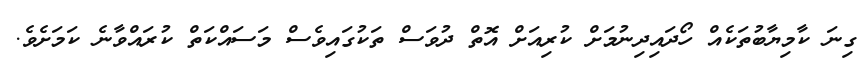
ގިނަ ކާމިޔާބުތަކެއް ހޯދައިދިނުމަށް ކުރިއަށް އޮތް ދުވަސް ތަކުގައިވެސް މަސައްކަތް ކުރައްވާނެ ކަމަށެވެ.